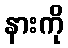
နားကို